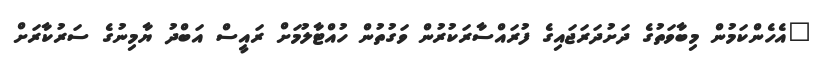
"އެހެންކަމުން މިބާވަތުގެ ދަށުދަރަޖައިގެ ފުރައްސާރަކުރުން ވަގުތުން ހުއްޓާލުމަށް ރައީސް އަބްދު ޔާމިނުގެ ސަރުކާރަށް